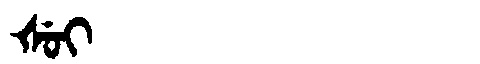
Manchu: ᡧᡠᡳ
Romanization: ŠUI